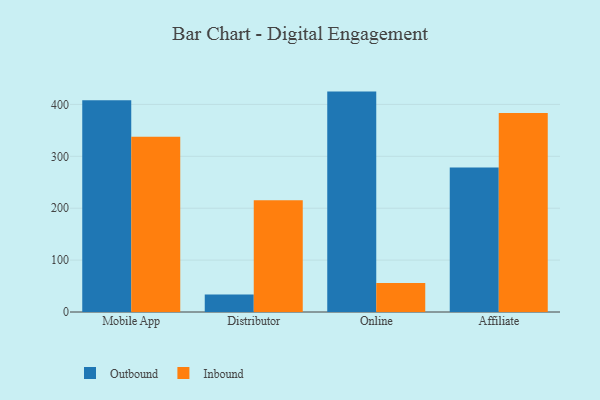
{"axis": {"x": "Channel", "y": "Backlog"}, "legend": ["Inbound", "Outbound"], "data": [{"x": "Mobile App", "y": 408.1, "type": "Outbound"}, {"x": "Mobile App", "y": 337.7, "type": "Inbound"}, {"x": "Distributor", "y": 33.8, "type": "Outbound"}, {"x": "Distributor", "y": 215.2, "type": "Inbound"}, {"x": "Online", "y": 424.7, "type": "Outbound"}, {"x": "Online", "y": 55.8, "type": "Inbound"}, {"x": "Affiliate", "y": 278.3, "type": "Outbound"}, {"x": "Affiliate", "y": 383.6, "type": "Inbound"}]}